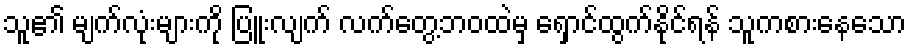
သူ၏ မျက်လုံးများကို ပြူးလျက် လက်တွေ့ဘဝထဲမှ ရှောင်ထွက်နိုင်ရန် သူကစားနေသော